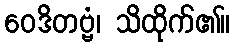
ဝေဒိတဗ္ဗံ၊ သိထိုက်၏။